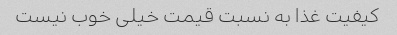
کیفیت غذا به نسبت قیمت خیلی خوب نیست